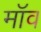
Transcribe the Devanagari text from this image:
मॉव